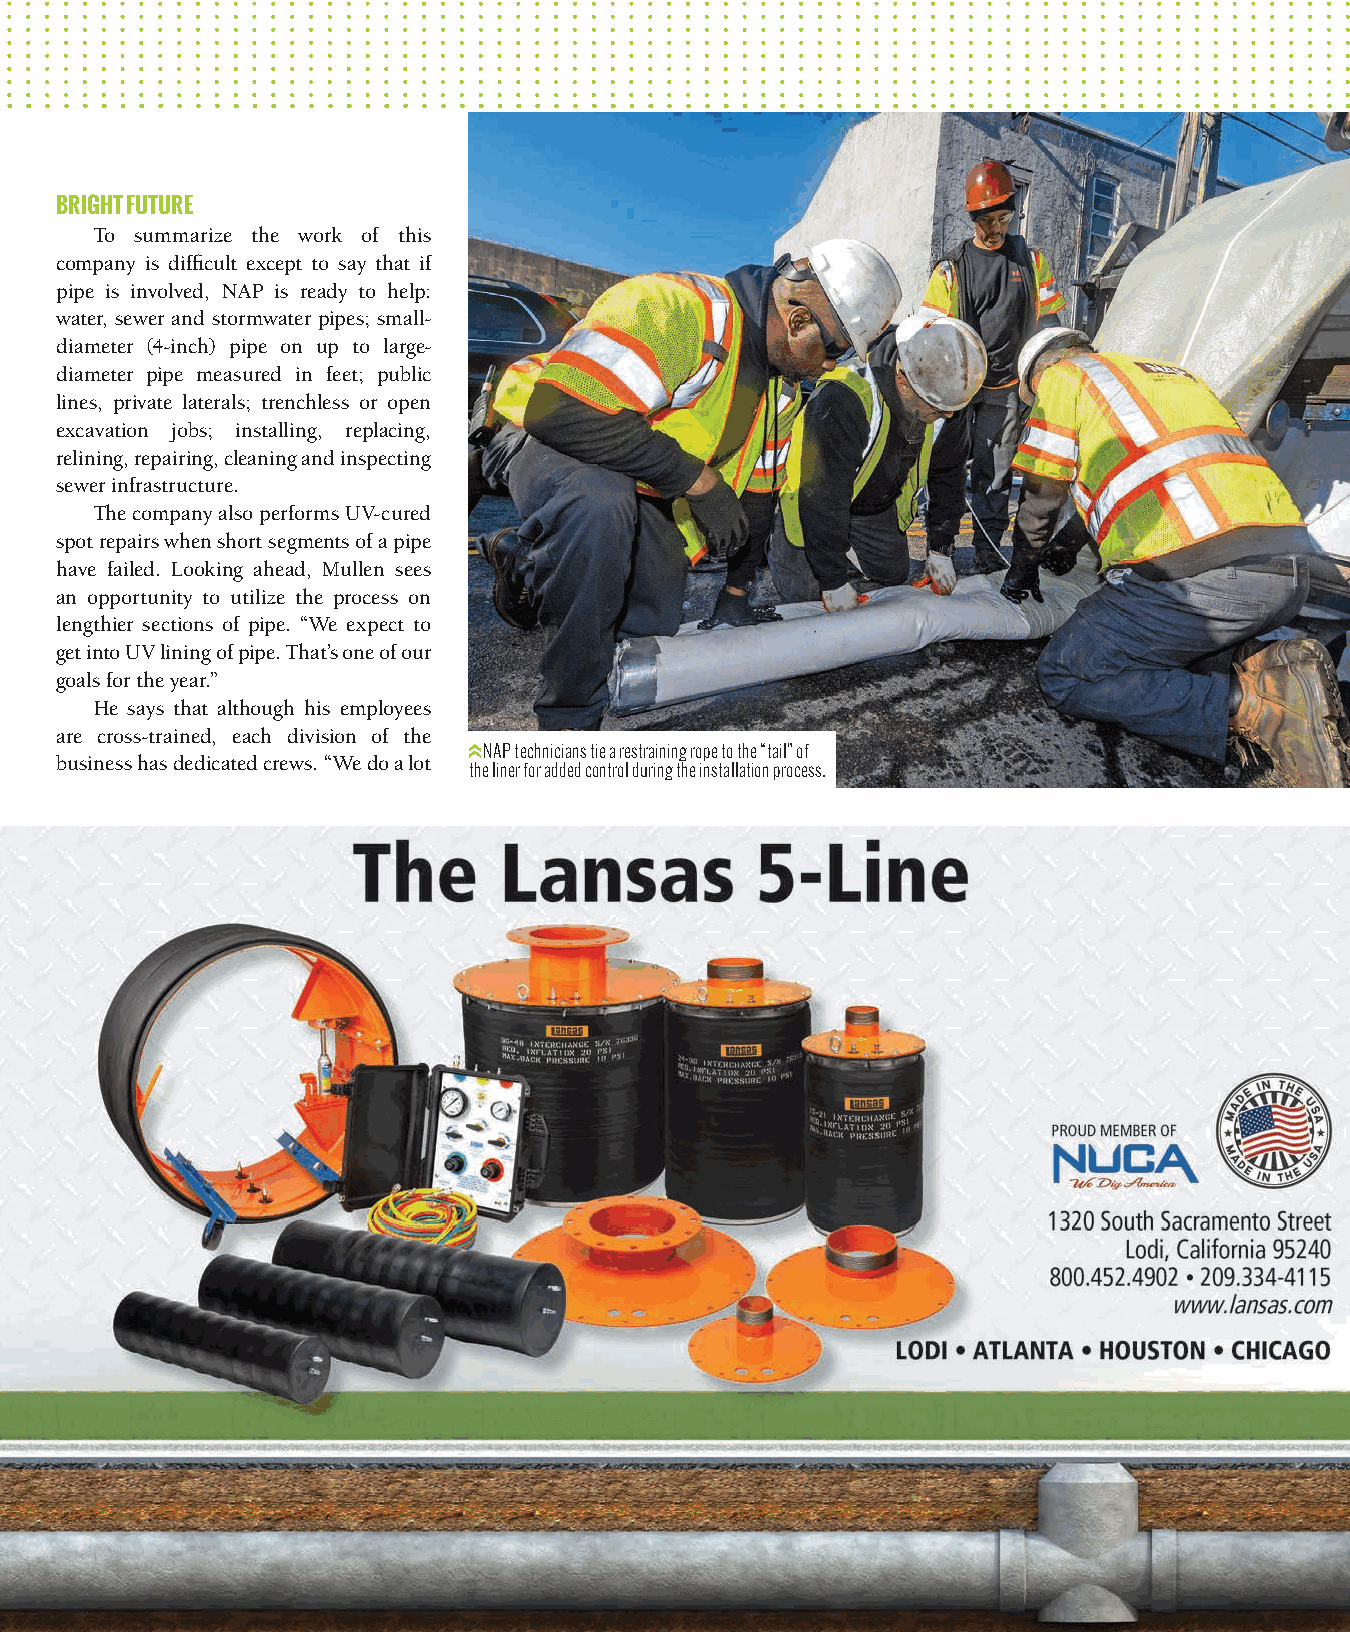
BRIGHT FUTURE
 To summarize the work of this
 company is difficult except to say that if
 pipe is involved, NAP is ready to help:
 water, sewer and stormwater pipes; small-
 diameter (4-inch) pipe on up to large-
 diameter pipe measured in feet; public
 lines, private laterals; trenchless or open
 excavation jobs; installing, replacing,
 relining, repairing, cleaning and inspecting
 sewer infrastructure.
 The company also performs UV-cured
 spot repairs when short segments of a pipe
 have failed. Looking ahead, Mullen sees
 an opportunity to utilize the process on
 lengthier sections of pipe. “We expect to
 get into UV lining of pipe. That’s one of our
 goals for the year.”
 He says that although his employees
 are cross-trained, each division of the
 The crew from North American Pipeline Services includes (front, from left) Eric Olsen, Rich Norris, Mike Tozer, Meghan Wisnieski, Courtney Swartzel and Phil Nase; back row: Pedro Ocasio, NAP technicians tie a restraining rope to the “tail” of
 business has dedicated crews. “We do a lot
 Andrew Heier, Deirdre Smith, Marty Costa, Paul Marques, Justin Bucchianico, Paul Kocher, Tom Mullen, Bill Jones, Albert Hickson, Donna Roselli, Dave Alpaugh and Susan Gagliardi. the liner for added control during the installation process.